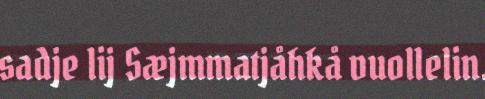
sadje lij Sæjmmatjåhkå vuollelin.